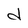
Character: d